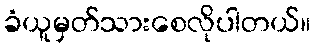
ခံယူမှတ်သားစေလိုပါတယ်။